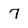
Character: 7